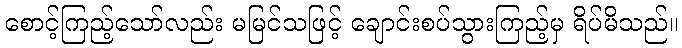
စောင့်ကြည့်သော်လည်း မမြင်သဖြင့် ချောင်းစပ်သွားကြည့်မှ ရိပ်မိသည်။